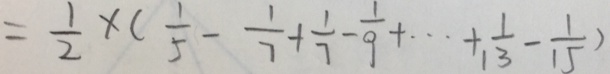
= \frac { 1 } { 2 } \times ( \frac { 1 } { 5 } - \frac { 1 } { 7 } + \frac { 1 } { 7 } - \frac { 1 } { 9 } + \cdots + \frac { 1 } { 1 3 } - \frac { 1 } { 1 5 } )